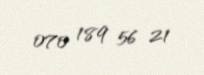
070 189 56 21